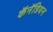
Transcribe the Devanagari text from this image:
कॅनॅडियन